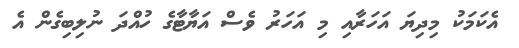
އެކަމަކު މިދިޔަ އަހަރާއި މި އަހަރު ވެސް އަޔާޓާގެ ހުއްދަ ނުލިބިގެން އެ